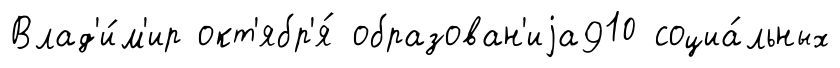
Влад'и́м'ир окт'ябр'я́ образован'иjа910 социа́льных